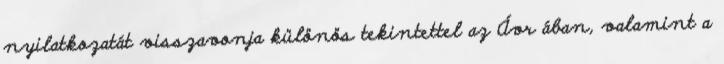
nyilatkozatát visszavonja különös tekintettel az Ávr ában, valamint a